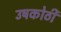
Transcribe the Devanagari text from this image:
उषकोठी